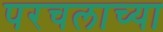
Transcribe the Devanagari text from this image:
परचलाच्या